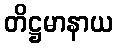
တိဋ္ဌမာနာယ